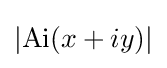
\left|\operatorname {Ai} (x+iy)\right|